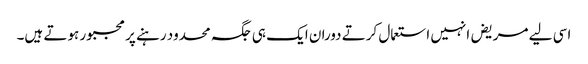
اسی لیے مریض انہیں استعمال کرتے دوران ایک ہی جگہ محدود رہنے پر مجبور ہوتے ہیں۔